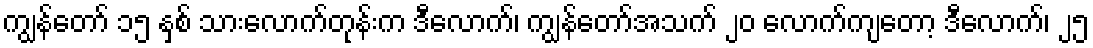
ကျွန်တော် ၁၅ နှစ် သားလောက်တုန်းက ဒီလောက်၊ ကျွန်တော်အသက် ၂၀ လောက်ကျတော့ ဒီလောက်၊ ၂၅